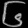
Digit: ၆